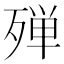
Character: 殚